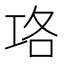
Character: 𭘇